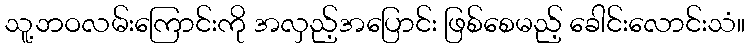
သူ့ဘဝလမ်းကြောင်းကို အလှည့်အပြောင်း ဖြစ်စေမည့် ခေါင်းလောင်းသံ။